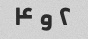
۲ و ۴